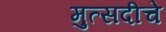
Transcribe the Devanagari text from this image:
मुत्सदीचे